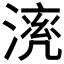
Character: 𣼠